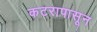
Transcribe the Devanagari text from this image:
कटरापासून